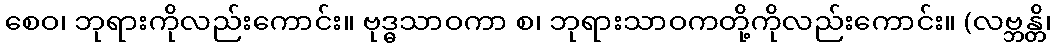
စေဝ၊ ဘုရားကိုလည်းကောင်း။ ဗုဒ္ဓသာဝကာ စ၊ ဘုရားသာဝကတို့ကိုလည်းကောင်း။ (လဗ္ဘန္တိ၊